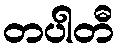
တပါတီ